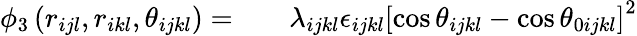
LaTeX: \begin{array}{rlr}{\phi_{3}\left(r_{ijl},r_{ikl},\theta_{ijkl}\right)=}&{{}}&{\lambda_{ijkl}\epsilon_{ijkl}\left[\cos\theta_{ijkl}-\cos\theta_{0ijkl}\right]^{2}}\end{array}